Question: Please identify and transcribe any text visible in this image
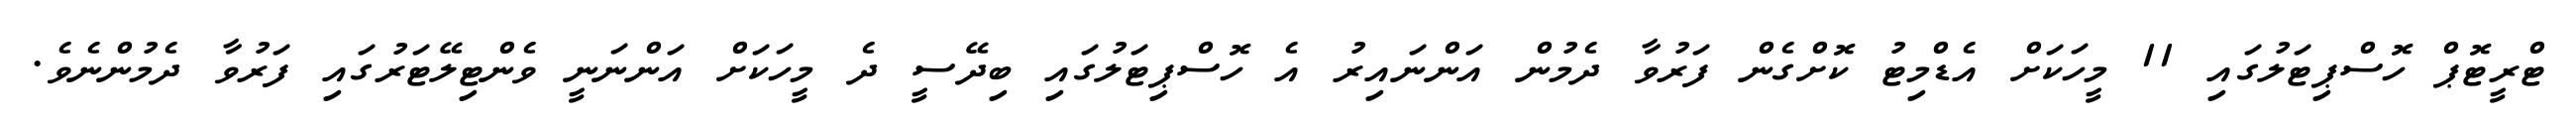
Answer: ޓްރީޓޮޕް ހޮސްޕިޓަލުގައި 11 މީހަކަށް އެޑްމިޓު ކޮށްގެން ފަރުވާ ދެމުން އަންނައިރު އެ ހޮސްޕިޓަލުގައި ބިދޭސީ ދެ މީހަކަށް އަންނަނީ ވެންޓިލޭޓަރުގައި ފަރުވާ ދެމުންނެވެ.